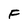
Character: F